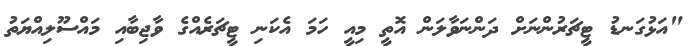
"އަޅުގަނޑު ޓީޗަރުންނަށް ދަންނަވާލަން އޮތީ މިއީ ހަމަ އެކަނި ޓީޗަރެއްގެ ވާޖިބާއި މައްސޫލިއްޔަތު